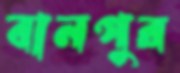
বানপুর